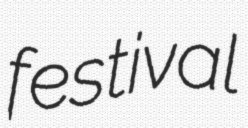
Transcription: festival